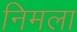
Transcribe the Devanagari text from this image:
निमला